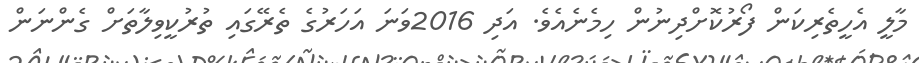
މާލީ އެހީތެރިކަން ފޯރުކޮށްދިނުން ހިމެނެއެވެ. އަދި 2016ވަނަ އަހަރުގެ ތެރޭގައި ތުރުކީވިލާތަށް ގެންނަން